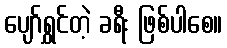
ပျော်ရွှင်တဲ့ ခရီး ဖြစ်ပါစေ။